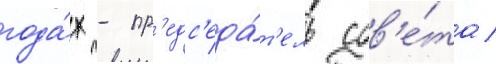
года́х - пр'едс'еда́т'ель сов'е́та